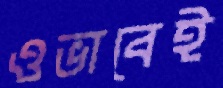
ওভাবেই